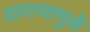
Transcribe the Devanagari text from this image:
वारल्यामुळें